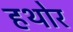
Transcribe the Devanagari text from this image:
हथोर